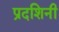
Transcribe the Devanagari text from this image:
प्रदशिनी